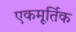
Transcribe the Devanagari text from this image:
एकमूर्तिक